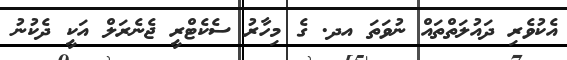
އެކުވެރި ދައުލަތްތައް ނުވަތަ އދ. ގެ މިހާރު ސެކެޓްރީ ޖެނެރަލް އަކީ ދެކުނު